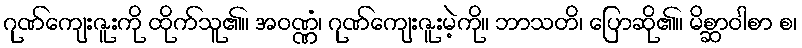
ဂုဏ်ကျေးဇူးကို ထိုက်သူ၏။ အဝဏ္ဏံ၊ ဂုဏ်ကျေးဇူးမဲ့ကို။ ဘာသတိ၊ ပြောဆို၏။ မိစ္ဆာဝါစာ စ၊